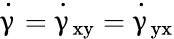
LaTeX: \dot{\upgamma}=\dot{\upgamma}_{\mathrm{{xy}}}=\dot{\upgamma}_{\mathrm{{yx}}}